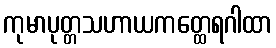
ကုမာပုတ္တသဟာယကတ္ထေရဂါထာ